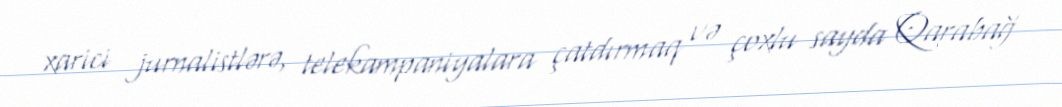
xarici jurnalistlərə, telekampaniyalara çatdırmaq və çoxlu sayda Qarabağ